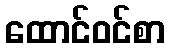
ထောင်ဝင်စာ